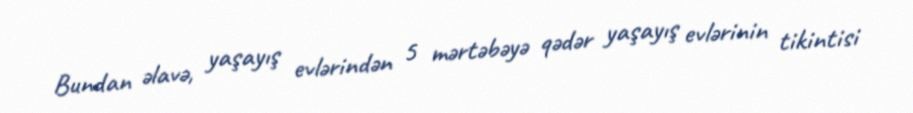
Bundan əlavə, yaşayış evlərindən 5 mərtəbəyə qədər yaşayış evlərinin tikintisi